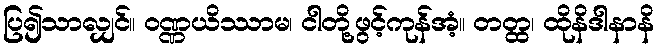
ပြ၍သာလျှင်။ ဝဏ္ဏယိဿာမ၊ ငါတို့ဖွင့်ကုန်အံ့။ တတ္ထ၊ ထိုနိဒါနာနိ